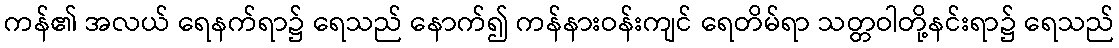
ကန်၏ အလယ် ရေနက်ရာ၌ ရေသည် နောက်၍ ကန်နားဝန်းကျင် ရေတိမ်ရာ သတ္တဝါတို့နင်းရာ၌ ရေသည်